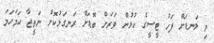
މި ލަނޑަށް ފަހު ޓީސީގެ ކުޅުން ވަރަށް ބޮޑަށް ރަނގަޅުކޮށް ނަތީޖާ ހަމަހަމަ